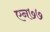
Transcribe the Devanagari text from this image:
एन७७